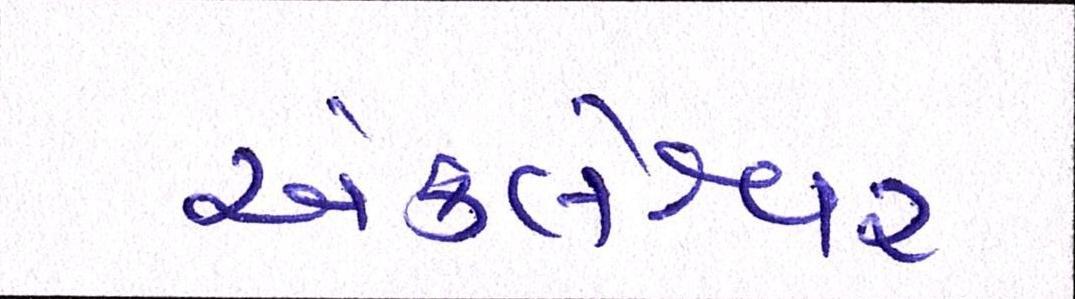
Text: અંકલેશ્વર